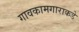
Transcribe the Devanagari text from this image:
गावकामगाराकडे